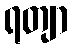
ရတျာ